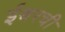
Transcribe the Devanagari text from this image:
ईश्वरची